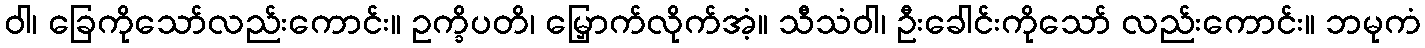
ဝါ၊ ခြေကိုသော်လည်းကောင်း။ ဥက္ခိပတိ၊ မြှောက်လိုက်အံ့။ သီသံဝါ၊ ဦးခေါင်းကိုသော် လည်းကောင်း။ ဘမုကံ